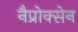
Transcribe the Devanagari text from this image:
नैप्रोक्सेन